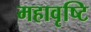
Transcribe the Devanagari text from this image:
महावृष्टि